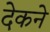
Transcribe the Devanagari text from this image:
देकने